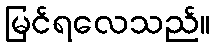
မြင်ရလေသည်။